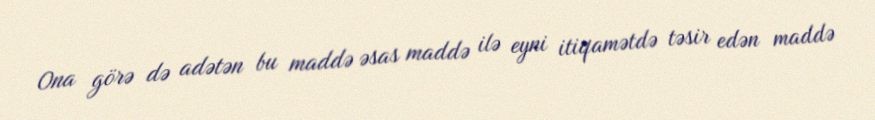
Ona görə də adətən bu maddə əsas maddə ilə eyni itiqamətdə təsir edən maddə